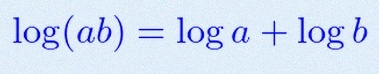
\log(ab)=\log a+\log b